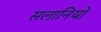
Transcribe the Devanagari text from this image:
सलानियों